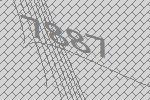
7887